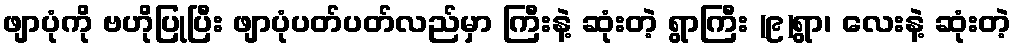
ဖျာပုံကို ဗဟိုပြုပြီး ဖျာပုံပတ်ပတ်လည်မှာ ကြီးနဲ့ ဆုံးတဲ့ ရွာကြီး (၉)ရွာ၊ လေးနဲ့ ဆုံးတဲ့